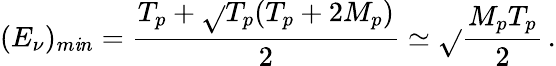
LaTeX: (E_{\nu})_{m\mathit{i}n}=\frac{{T_{p}+\sqrt{}{{T_{p}(T_{p}+2M_{p})}}}}{{2}}\simeq\sqrt{}{{\frac{{M_{p}T_{p}}}{{2}}}}\, .